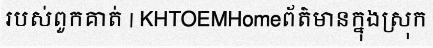
របស់ពួកគាត់ | KHTOEMHomeព័ត៌មានក្នុងស្រុក